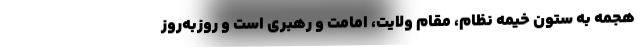
هجمه به ستون خیمه نظام، مقام ولایت، امامت و رهبری است و روزبه‌روز